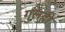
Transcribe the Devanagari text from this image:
गुलही